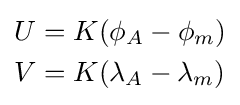
{\begin{aligned}U&=K(\phi _{A}-\phi _{m})\\V&=K(\lambda _{A}-\lambda _{m})\\\end{aligned}}